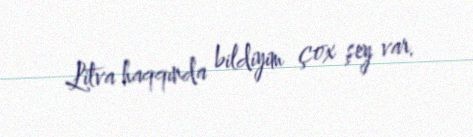
Litva haqqında bildiyim çox şey var.